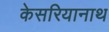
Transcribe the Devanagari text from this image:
केसरियानाथ